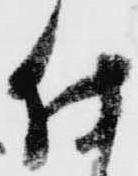
仕